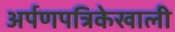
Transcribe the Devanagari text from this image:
अर्पणपत्रिकेखाली